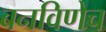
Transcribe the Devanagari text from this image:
बनविणेच